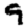
Digit: 9